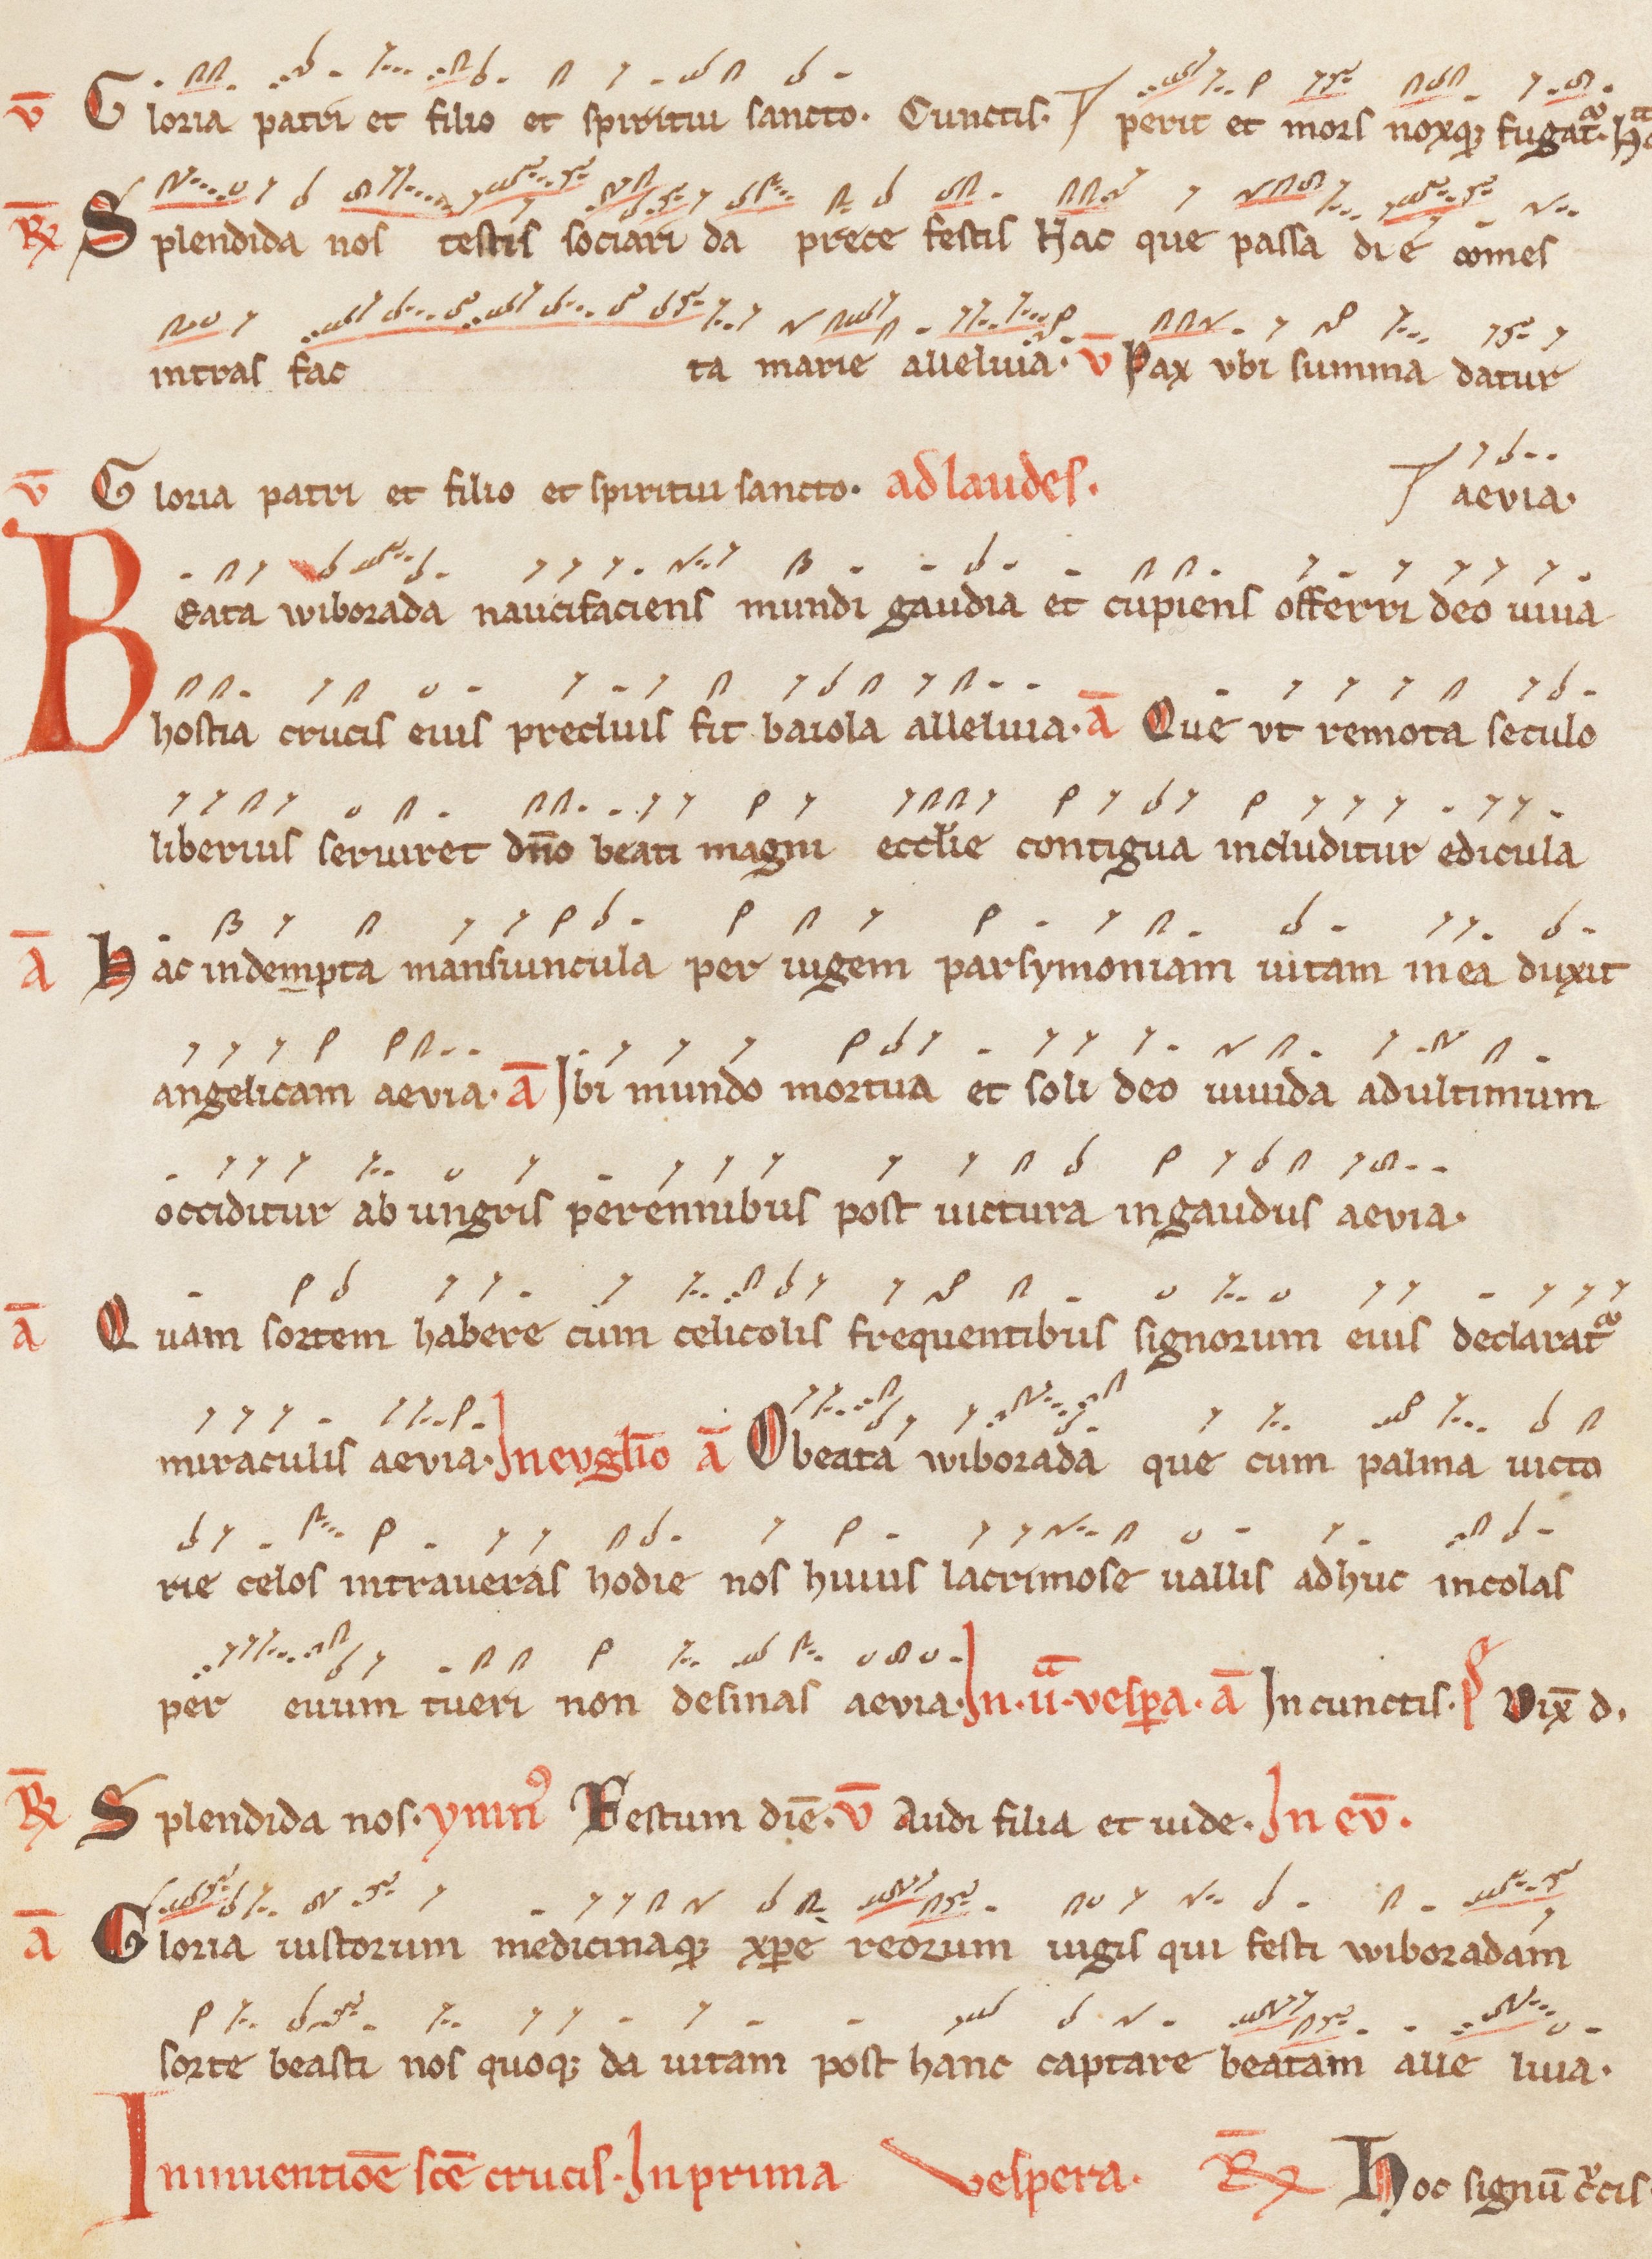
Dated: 1200–1299